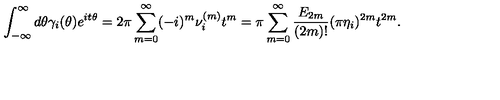
\int _ { - \infty } ^ { \infty } d \theta \gamma _ { i } ( \theta ) e ^ { i t \theta } = 2 \pi \sum _ { m = 0 } ^ { \infty } ( - i ) ^ { m } \nu _ { i } ^ { ( m ) } t ^ { m } = \pi \sum _ { m = 0 } ^ { \infty } \frac { E _ { 2 m } } { ( 2 m ) ! } ( \pi \eta _ { i } ) ^ { 2 m } t ^ { 2 m } .